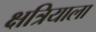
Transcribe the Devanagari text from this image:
क्षत्रियाला